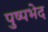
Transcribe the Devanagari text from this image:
पुष्पभेद